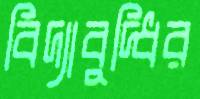
বিদ্যাবুদ্ধির